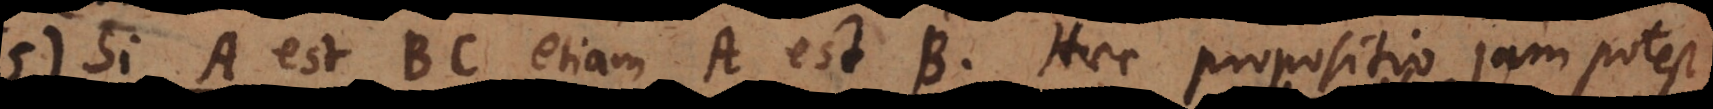
5) Si A est BC etiam A est B. Haec propositio jam potest